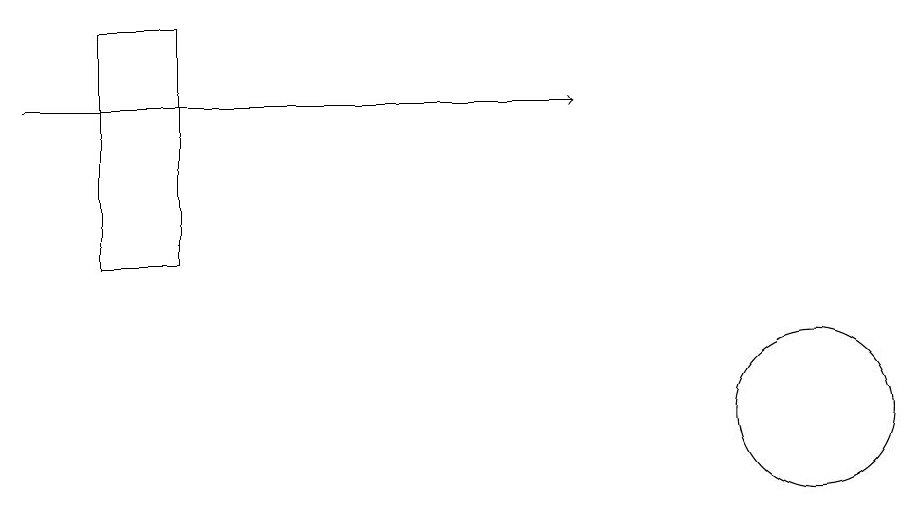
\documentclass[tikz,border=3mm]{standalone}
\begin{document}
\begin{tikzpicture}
\draw (2,17) rectangle (3,14);
\draw[->] (1,16) -- (8,16);
\draw (11,12) circle (1);
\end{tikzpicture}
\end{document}